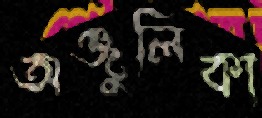
অঞ্জুলিকা